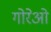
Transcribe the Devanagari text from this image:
गोरेओ